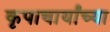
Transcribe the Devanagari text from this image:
कृपाचार्यांच्या